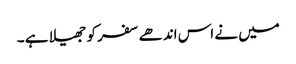
میں نے اس اندھے سفر کو جھیلا ہے ۔